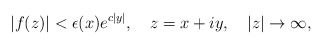
\begin{align*}\left| f(z)\right| <\epsilon (x)e^{c\left| y\right| },\quad z=x+iy,\quad\left| z\right| \rightarrow \infty , \end{align*}